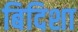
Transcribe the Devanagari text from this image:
बिदिशा